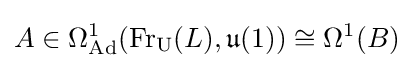
A\in \Omega _{\operatorname {Ad} }^{1}(\operatorname {Fr} _{\operatorname {U} }(L),{\mathfrak {u}}(1))\cong \Omega ^{1}(B)